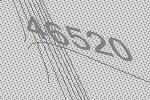
46520